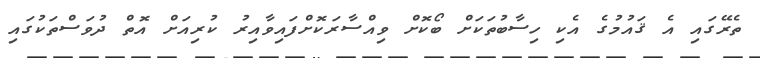
ތެރޭގައި އެ ޤައުމުގެ އެކި ހިސާބުތަކަށް ބޯކޮށް ވިއްސާރަކޮށްފައިވާއިރު ކުރިއަށް އޮތް ދުވަސްތަކުގައި